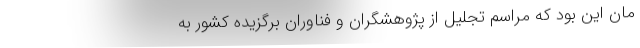
مان این بود که مراسم تجلیل از پژوهشگران و فناوران برگزیده کشور به